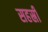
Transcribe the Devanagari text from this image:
सहस्री